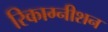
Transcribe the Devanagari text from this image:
रिकाग्नीशन